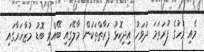
މެއި މަހުގެ ފުރަތަމަ ދުވަހު އިދިކޮޅު ފަރާތްތަކުން މާލޭގައި ބޭއްވި ބޮޑު މުޒާހަރާގައި